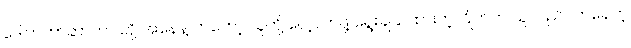
ဒေါက်တာဆာကာ တို့ အနေနဲ့ ကတော့ သူတို့ လေ့လာဖို့ ရွေးချယ်ထားတဲ့ ဂြိုဟ်က သူလည်ပတ်နေတဲ့